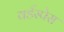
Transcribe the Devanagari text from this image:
वर्डस्पेस